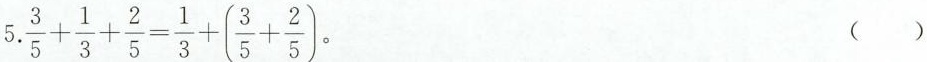
5.$$\frac{3}{5}+ \frac{1}{3}+ \frac{2}{5}= \frac{1}{3}+(\frac{3}{5}+ \frac{2}{5})$$。 ()